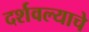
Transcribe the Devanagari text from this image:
दर्शवल्याचे